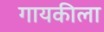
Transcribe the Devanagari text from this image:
गायकीला